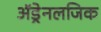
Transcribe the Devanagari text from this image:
अॅड्रेनलजिक